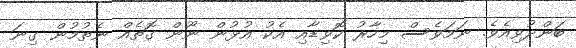
ބަންދުވިއެވެ. ނަމަވެސް މިހާރު ކޮވިޑާއި އެކު އުޅުން ނޫން ގޮތެއް ނެތުމުން ގިނަ